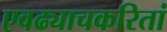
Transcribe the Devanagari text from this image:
एवढ्याचकरितां